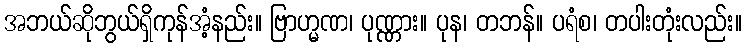
အဘယ်ဆိုဘွယ်ရှိကုန်အံ့နည်း။ ဗြာဟ္မဏ၊ ပုဏ္ဏား။ ပုန၊ တဘန်။ ပရံစ၊ တပါးတုံးလည်း။